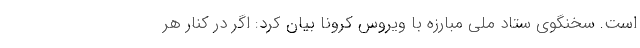
است. سخنگوی ستاد ملی مبارزه با ویروس کرونا بیان کرد: اگر در کنار هر